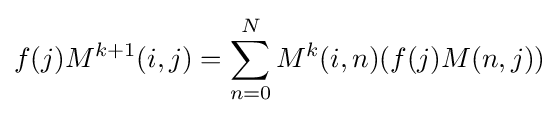
f(j)M^{k+1}(i,j)=\sum _{n=0}^{N}M^{k}(i,n)(f(j)M(n,j))